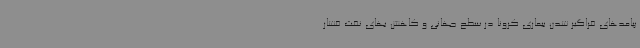
پیامدهای فراگیر شدن بیماری کرونا در سطح جهانی و کاهش بهای نفت فشار